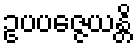
ဥပပဇ္ဇေယန္တိ